Report on sanitation, dispensaries, and jails in Rajputana for 1910, and on vaccination for the year 1910-1911 - 1910-1911
Year: 1910
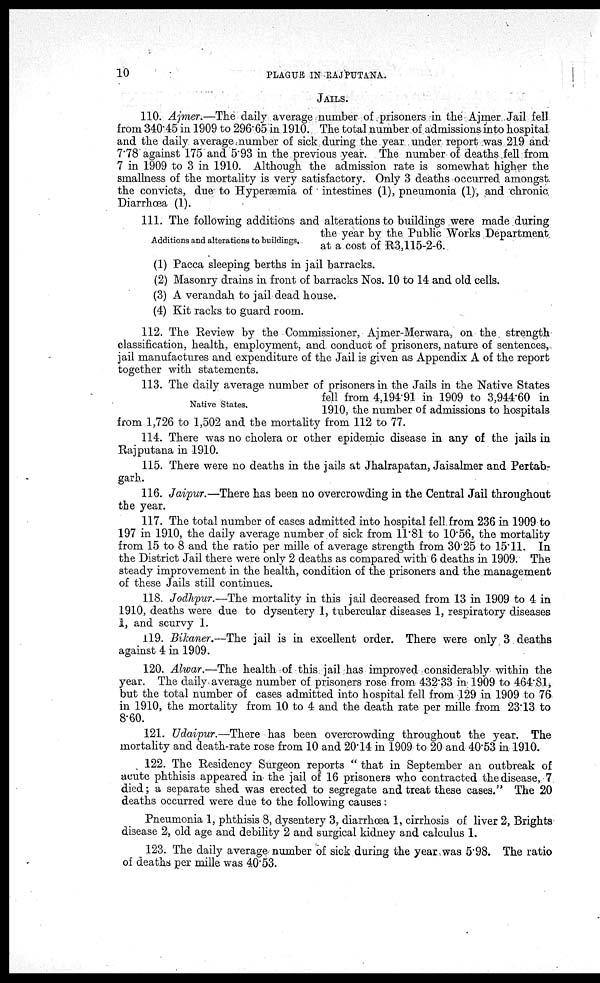
10
PLAGUE IN RAJPUTANA.
JAILS.
110. Ajmer.—The daily average number of prisoners in the Ajmer Jail fell
from 340.45 in 1909 to 296.65 in 1910. The total number of admissions into hospital
and the daily average number of sick during the year under report was 219 and
7.78 against 175 and 5.93 in the previous year. The number of deaths fell from
7 in 1909 to 3 in 1910. Although the admission rate is somewhat higher the
smallness of the mortality is very satisfactory. Only 3 deaths occurred amongst
the convicts, due to Hyperæmia of intestines (1), pneumonia (1), and chronic
Diarrhœa (1).
Additions and alterations to buildings.
111. The following additions and alterations to buildings were made during
the year by the Public Works Department
at a cost of R3,115-2-6.
(1)
(2)
(3)
(4)
Pacca sleeping berths in jail barracks.
Masonry drains in front of barracks Nos. 10 to 14 and old cells.
A verandah to jail dead house.
Kit racks to guard room.
112. The Review by the Commissioner, Ajmer-Merwara, on the strength
classification, health employment, and conduct of prisoners, nature of sentences,
jail manufactures and expenditure of the Jail is given as Appendix A of the report
together with statements.
Native States.
113. The daily average number of prisoners in the Jails in the Native States
fell from 4,194.91 in 1909 to 3,944.60 in
1910, the number of admissions to hospitals
from 1,726 to 1,502 and the mortality from 112 to 77.
114. There was no cholera or other epidemic disease in any of the jails in
Rajputana in 1910.
115. There were no deaths in the jails at Jhalrapatan, Jaisalmer and Pertab¬
garb.
116. Jaipur.—There has been no overcrowding in the Central Jail throughout
the year.
117. The total number of cases admitted into hospital fell from 236 in 1909 to
197 in 1910, the daily average number of sick from 11.81 to 10.56, the mortality
from 15 to 8 and the ratio per mille of average strength from 30.25 to 15.11. In
the District Jail there were only 2 deaths as compared with 6 deaths in 1909. The
steady improvement in the health, condition of the prisoners and the management
of these Jails still continues.
118. Jodhpur.—The mortality in this jail decreased from 13 in 1909 to 4 in
1910, deaths were due to dysentery 1, tubercular diseases 1, respiratory diseases
1, and scurvy 1.
119. Bikaner.—The jail is in excellent order. There were only 3 deaths
against 4 in 1909.
120. Alwar.—The health of this jail has improved considerably within the
year. The daily average number of prisoners rose from 432.33 in 1909 to 464.81,
but the total number of cases admitted into hospital fell from 129 in 1909 to 76
in 1910, the mortality from 10 to 4 and the death rate per mille from 23.13 to
8.60.
121. Udaipur.—There has been overcrowding throughout the year. The
mortality and death-rate rose from 10 and 20.14 in 1909 to 20 and 40.53 in 1910.
122. The Residency Surgeon reports " that in September an outbreak of
acute phthisis appeared in the jail of 16 prisoners who contracted the disease, 7
died; a separate shed was erected to segregate and treat these cases." The 20
deaths occurred were due to the following causes:
Pneumonia 1, phthisis 8, dysentery 3, diarrhœa 1, cirrhosis of liver 2, Brights
disease 2, old age and debility 2 and surgical kidney and calculus 1.
123. The daily average number of sick during the year was 5.98. The ratio
of deaths per mille was 40.53.